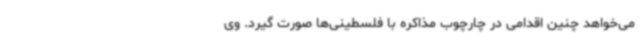
می‌خواهد چنین اقدامی در چارچوب مذاکره با فلسطینی‌ها صورت گیرد. وی